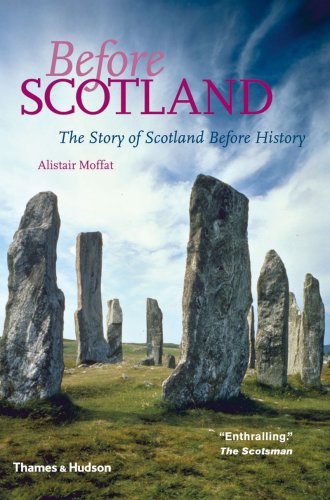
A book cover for Before Scotland: The Story of Scotland Before History; Alistair Moffat; History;